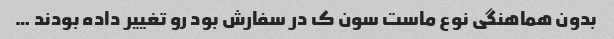
بدون هماهنگی نوع ماست سون ک در سفارش بود رو تغییر داده بودند …